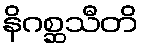
နိဂစ္ဆသီတိ